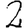
Digit: 2